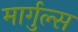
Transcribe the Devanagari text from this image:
मार्गुल्स